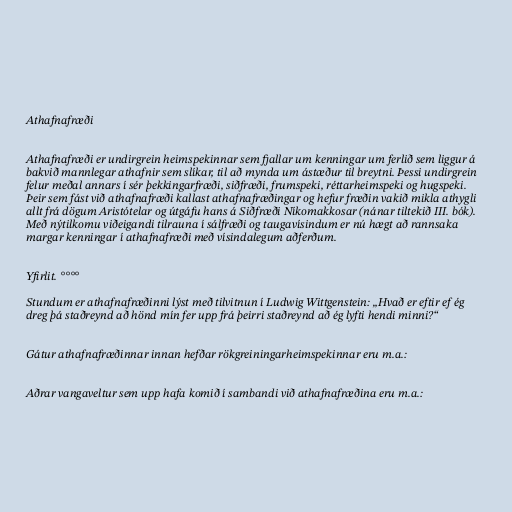
Athafnafræði

Athafnafræði er undirgrein heimspekinnar sem fjallar um kenningar um ferlið sem liggur á
bakvið mannlegar athafnir sem slíkar, til að mynda um ástæður til breytni. Þessi undirgrein
felur meðal annars í sér þekkingarfræði, siðfræði, frumspeki, réttarheimspeki og hugspeki.
Þeir sem fást við athafnafræði kallast athafnafræðingar og hefur fræðin vakið mikla athygli
allt frá dögum Aristótelar og útgáfu hans á Siðfræði Níkomakkosar (nánar tiltekið III. bók).
Með nýtilkomu viðeigandi tilrauna í sálfræði og taugavísindum er nú hægt að rannsaka
margar kenningar í athafnafræði með vísindalegum aðferðum.

Yfirlit. °°°°

Stundum er athafnafræðinni lýst með tilvitnun í Ludwig Wittgenstein: „Hvað er eftir ef ég
dreg þá staðreynd að hönd mín fer upp frá þeirri staðreynd að ég lyfti hendi minni?“

Gátur athafnafræðinnar innan hefðar rökgreiningarheimspekinnar eru m.a.:

Aðrar vangaveltur sem upp hafa komið í sambandi við athafnafræðina eru m.a.: